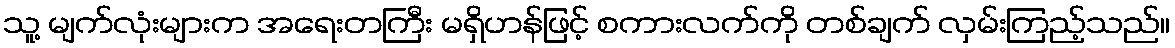
သူ့ မျက်လုံးများက အရေးတကြီး မရှိဟန်ဖြင့် စကားလက်ကို တစ်ချက် လှမ်းကြည့်သည်။